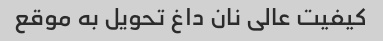
کیفیت عالی نان داغ تحویل به موقع